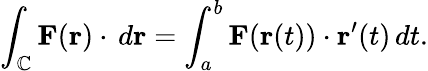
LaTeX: \int_{\mathbb{C}}\mathbf{{F}}(\mathbf{{r}})\cdot\, d\mathbf{{r}}=\int_{a}^{b}\mathbf{{F}}(\mathbf{{r}}(t))\cdot\mathbf{{r}}^{\prime}(t)\, dt.